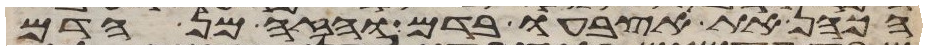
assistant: הכהן את אצבעו בדם והזה מן הדם